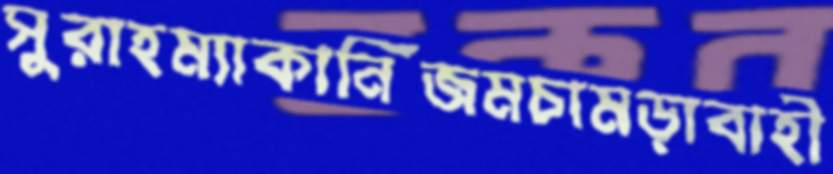
সুরাহম্যাকানিজমচামড়াবাহী